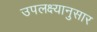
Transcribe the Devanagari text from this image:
उपलक्ष्यानुसार